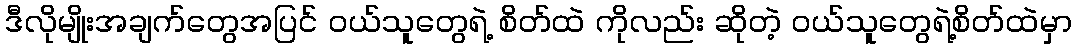
ဒီလိုမျိုးအချက်တွေအပြင် ဝယ်သူတွေရဲ့ စိတ်ထဲ ကိုလည်း ဆိုတဲ့ ဝယ်သူတွေရဲ့စိတ်ထဲမှာ